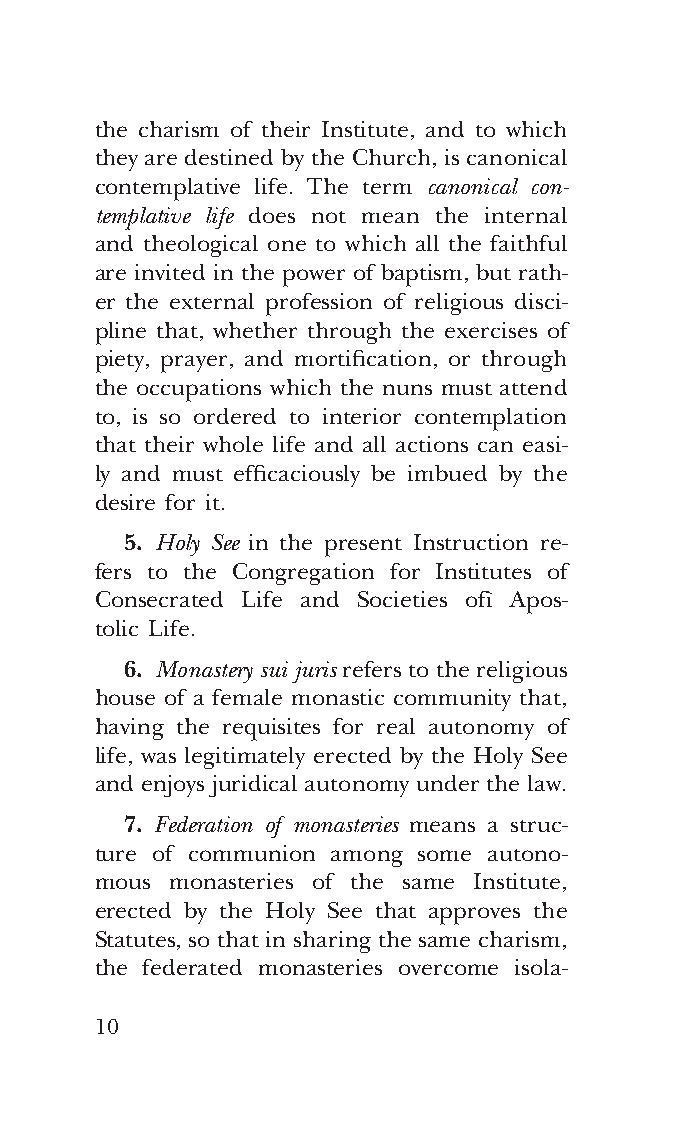
COR ORANS – NUOVO FORMATO – INGLESE 2ª BOZZA – 24 maggio 2018 – 11:12
 the charism of their Institute, and to which
 they are destined by the Church, is canonical
 contemplative life. The term canonical con-
 templative life does not mean the internal
 and theological one to which all the faithful
 are invited in the power of baptism, but rath-
 er the external profession of religious disci-
 pline that, whether through the exercises of
 piety, prayer, and mortification, or through
 the occupations which the nuns must attend
 to, is so ordered to interior contemplation
 that their whole life and all actions can easi-
 ly and must efficaciously be imbued by the
 desire for it.
 5. Holy See in the present Instruction re-
 fers to the Congregation for Institutes of
 Consecrated Life and Societies ofì Apos-
 tolic Life.
 6. Monastery sui juris refers to the religious
 house of a female monastic community that,
 having the requisites for real autonomy of
 life, was legitimately erected by the Holy See
 and enjoys juridical autonomy under the law.
 7. Federation of monasteries means a struc-
 ture of communion among some autono-
 mous monasteries of the same Institute,
 erected by the Holy See that approves the
 Statutes, so that in sharing the same charism,
 the federated monasteries overcome isola-
 10